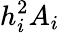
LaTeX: h_{i}^{2}A_{i}